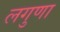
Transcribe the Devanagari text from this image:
लगुणा